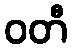
ဝတီ